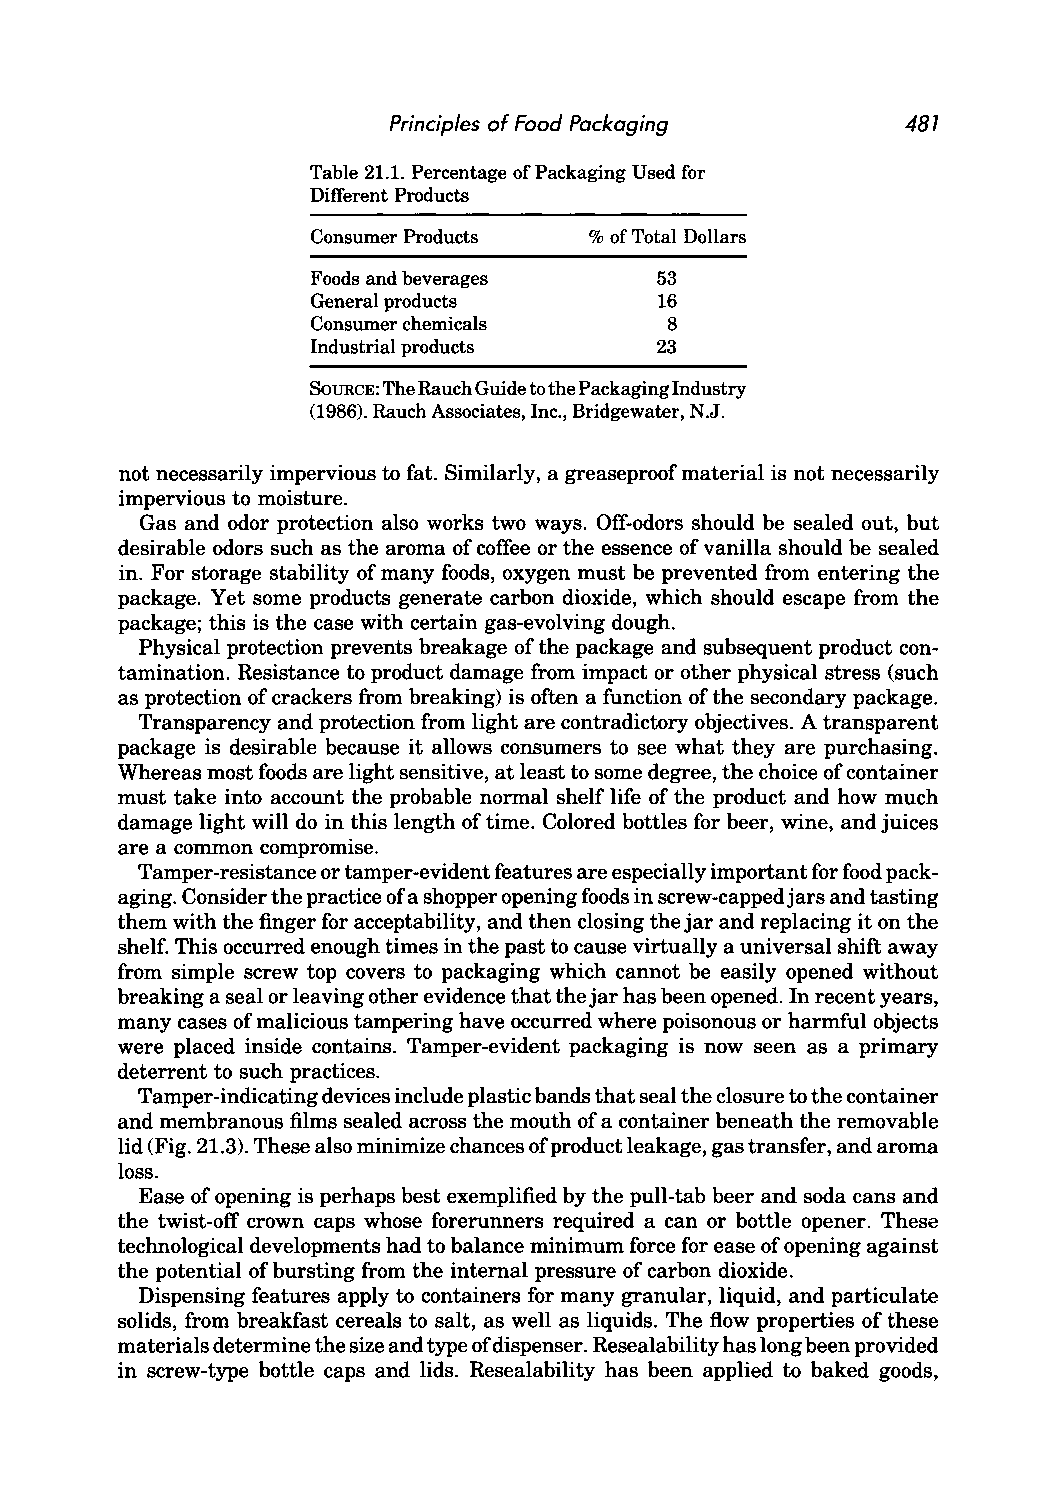
Principles of Food Packaging      481
 Table 21.1. Percentage of Packaging Used for
 Different Products
 Consumer Products % of Total Dollars
 Foods and beverages   53
 General products       16
 Consumer chemicals     8
 Industrial products   23
 SOURCE: The Rauch Guide to the Packaging Industry
 (1986). Rauch Associates, Inc., Bridgewater, N.J.
 not necessarily impervious to fat. Similarly, a greaseproof material is not necessarily
 impervious to moisture.
 Gas and odor protection also works two ways. Off-odors should be sealed out, but
 desirable odors such as the aroma of coffee or the essence of vanilla should be sealed
 in. For storage stability of many foods, oxygen must be prevented from entering the
 package. Yet some products generate carbon dioxide, which should escape from the
 package; this is the case with certain gas-evolving dough.
 Physical protection prevents breakage of the package and subsequent product con
 tamination. Resistance to product damage from impact or other physical stress (such
 as protection of crackers from breaking) is often a function of the secondary package.
 Transparency and protection from light are contradictory objectives. A transparent
 package is desirable because it allows consumers to see what they are purchasing.
 Whereas most foods are light sensitive, at least to some degree, the choice of container
 must take into account the probable normal shelf life of the product and how much
 damage light will do in this length of time. Colored bottles for beer, wine, and juices
 are a common compromise.
 Tamper-resistance or tamper-evident features are especially important for food pack
 aging. Consider the practice of a shopper opening foods in screw-capped jars and tasting
 them with the finger for acceptability, and then closing the jar and replacing it on the
 shelf. This occurred enough times in the past to cause virtually a universal shift away
 from simple screw top covers to packaging which cannot be easily opened without
 breaking a seal or leaving other evidence that the jar has been opened. In recent years,
 many cases of malicious tampering have occurred where poisonous or harmful objects
 were placed inside contains. Tamper-evident packaging is now seen as a primary
 deterrent to such practices.
 Tamper-indicating devices include plastic bands that seal the closure to the container
 and membranous films sealed across the mouth of a container beneath the removable
 lid (Fig. 21.3). These also minimize chances of product leakage, gas transfer, and aroma
 loss.
 Ease of opening is perhaps best exemplified by the pull-tab beer and soda cans and
 the twist-off crown caps whose forerunners required a can or bottle opener. These
 technological developments had to balance minimum force for ease of opening against
 the potential of bursting from the internal pressure of carbon dioxide.
 Dispensing features apply to containers for many granular, liquid, and particulate
 solids, from breakfast cereals to salt, as well as liquids. The flow properties of these
 materials determine the size and type ofd ispenser. Resealability has long been provided
 in screw-type bottle caps and lids. Resealability has been applied to baked goods,